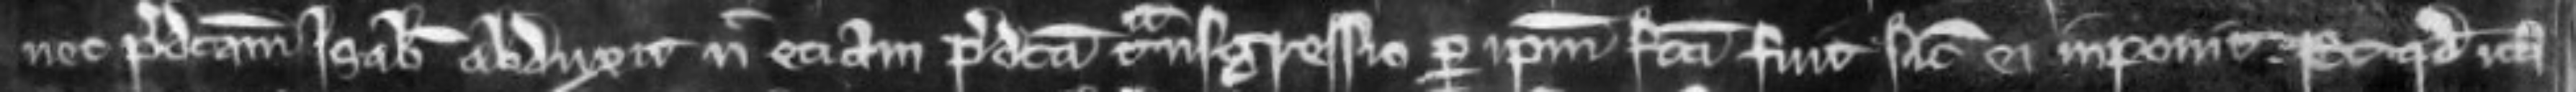
nec predictam Isabellam abduxit nec eciam predicta trans-gressio per ipsum facta fuit sicut ei imponit. Et quod ita